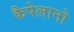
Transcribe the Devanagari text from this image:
कैपेलानो